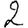
Digit: 2